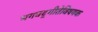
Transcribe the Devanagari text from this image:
भगवद्‌गीतेविषयक